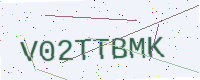
Text: V02TTBMK